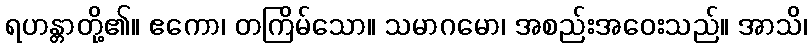
ရဟန္တာတို့၏။ ဧကော၊ တကြိမ်သော။ သမာဂမော၊ အစည်းအဝေးသည်။ အာသိ၊